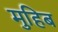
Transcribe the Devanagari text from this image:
मुहिब